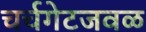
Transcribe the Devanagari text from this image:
चर्चगेटजवळ